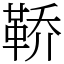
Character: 鞒